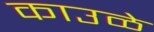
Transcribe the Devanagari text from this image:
काउळे